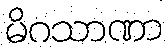
မိဂသာဏာ